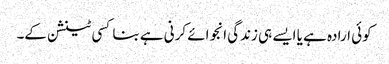
کوئی ارادہ ہے یا ایسے ہی زندگی انجوائے کرنی ہے بنا کسی ٹینشن کے۔